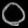
Digit: ၀